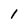
Character: 1